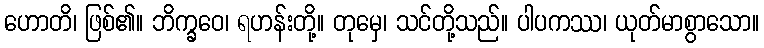
ဟောတိ၊ ဖြစ်၏။ ဘိက္ခဝေ၊ ရဟန်းတို့။ တုမှေ၊ သင်တို့သည်။ ပါပကဿ၊ ယုတ်မာစွာသော။